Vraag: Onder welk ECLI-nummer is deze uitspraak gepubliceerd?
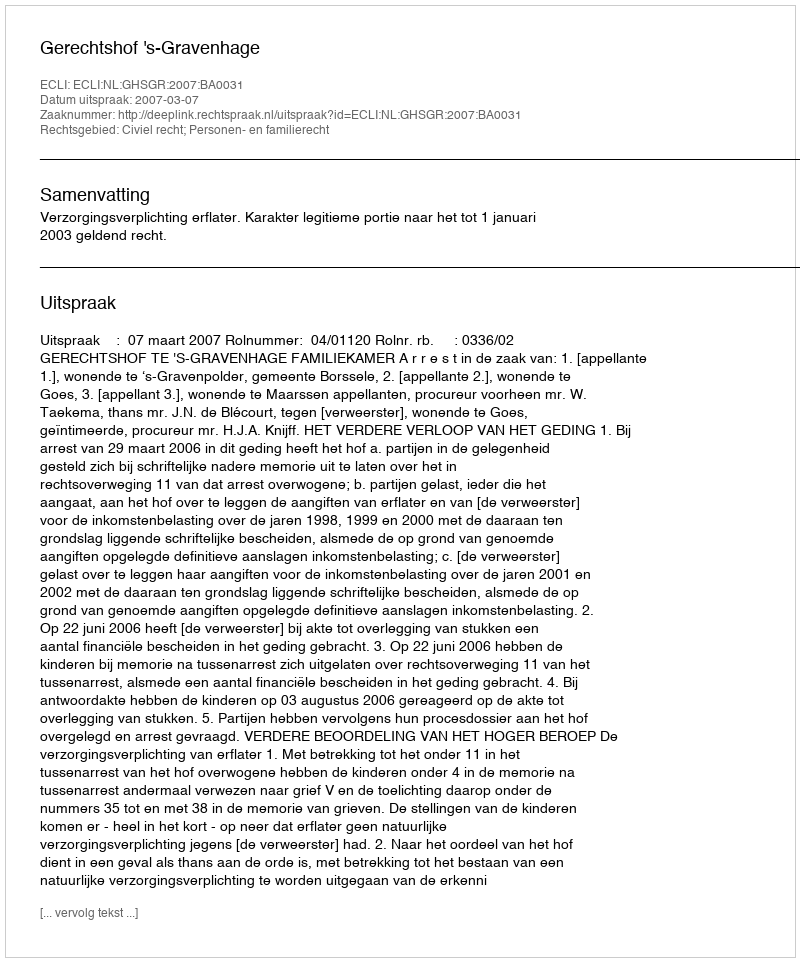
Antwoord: ECLI:NL:GHSGR:2007:BA0031